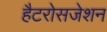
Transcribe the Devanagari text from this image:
हैटरोसजेशन